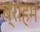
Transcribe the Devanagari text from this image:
ब्राहम